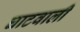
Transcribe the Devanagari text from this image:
घाटवाली